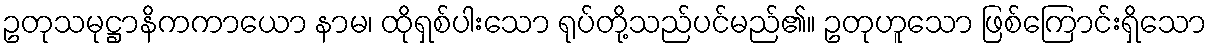
ဥတုသမုဋ္ဌာနိကကာယော နာမ၊ ထိုရှစ်ပါးသော ရုပ်တို့သည်ပင်မည်၏။ ဥတုဟူသော ဖြစ်ကြောင်းရှိသော